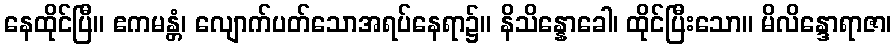
နေထိုင်ပြီ။ ဧကမန္တံ၊ လျောက်ပတ်သောအရပ်နေရာ၌။ နိသိန္နောခေါ၊ ထိုင်ပြီးသော။ မိလိန္ဒောရာဇာ၊